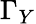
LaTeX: \Gamma_{Y}